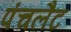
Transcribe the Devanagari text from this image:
पंचलैट